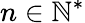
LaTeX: n\in\mathbb{N}^{*}